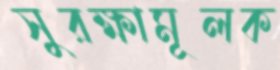
সুরক্ষামূলক